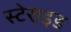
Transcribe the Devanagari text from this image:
स्टेराइड